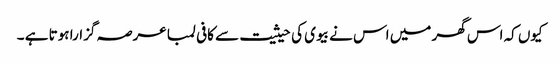
کیوں کہ اس گھر میں اس نے بیوی کی حیثیت سے کافی لمبا عرصہ گزارا ہوتا ہے ۔